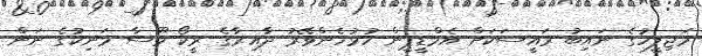
މަޖިލީހުގެ ނައިބު ރައީސަކަށް އެމްޑީޕީން ހުޅުހެންވޭރު ދާއިރާގެ ރީކޯ މޫސާ މަނިކުގެ ނަން